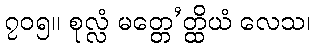
၇၀၅။ စုလ္လံ မတ္တေ’တ္ထိယံ လေသ၊